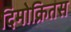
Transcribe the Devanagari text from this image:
दिमोक्रितस